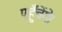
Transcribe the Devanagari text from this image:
पहुँचेंगे।